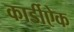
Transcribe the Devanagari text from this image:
कार्डीऐक